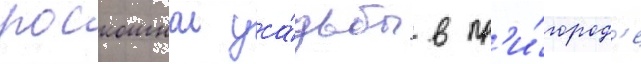
роскошнои уса́дьбы в пр'и́город'е